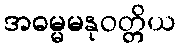
အဓမ္မမနုဝတ္တိယ